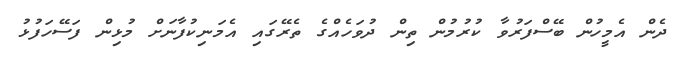
ދެން އެމީހުން ބޭސްފަރުވާ ކުރުމުން ތިން ދުވަހެއްގެ ތެރޭގައި އެމަނިކުފާނަށް މުޅިން ފަސޭހަފުޅު